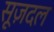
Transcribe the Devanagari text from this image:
सूज़दल